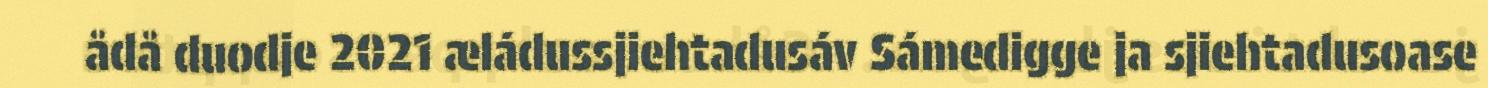
ådå duodje 2021 æládussjiehtadusáv Sámedigge ja sjiehtadusoase